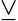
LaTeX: \veebar